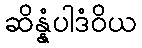
ဆိန္နံပါဒံဝိယ